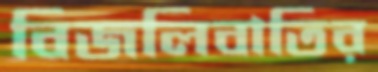
বিজলিবাতির